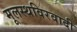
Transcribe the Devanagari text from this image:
मूलस्थविरवादी